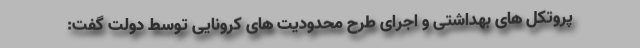
پروتکل های بهداشتی و اجرای طرح محدودیت های کرونایی توسط دولت گفت: